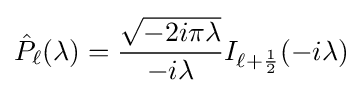
{\hat {P}}_{\ell }(\lambda )={\frac {\sqrt {-2i\pi \lambda }}{-i\lambda }}I_{\ell +{\frac {1}{2}}}(-i\lambda )